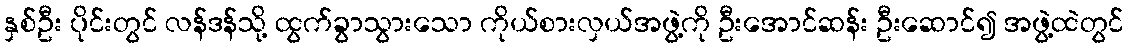
နှစ်ဦး ပိုင်းတွင် လန်ဒန်သို့ ထွက်ခွာသွားသော ကိုယ်စားလှယ်အဖွဲ့ကို ဦးအောင်ဆန်း ဦးဆောင်၍ အဖွဲ့ထဲတွင်